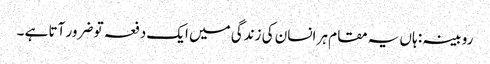
روبینہ : ہاں یہ مقام ہر انسان کی زندگی میں ایک دفعہ تو ضرور آتا ہے ۔